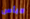
لابأس